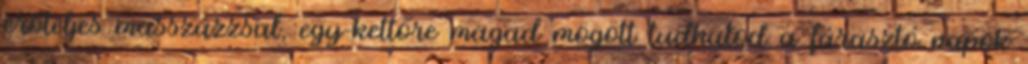
erőteljes masszázzsal, egy-kettőre magad mögött tudhatod a fárasztó napok